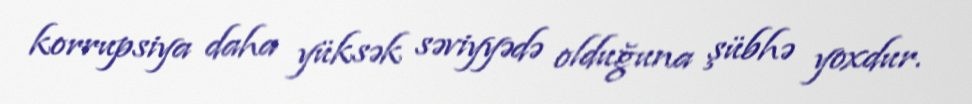
korrupsiya daha yüksək səviyyədə olduğuna şübhə yoxdur.